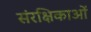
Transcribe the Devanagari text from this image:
संरक्षिकाओं